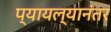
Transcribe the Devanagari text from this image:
प्यायल्यानंतर